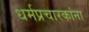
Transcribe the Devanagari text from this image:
धर्मप्रचारकांना